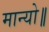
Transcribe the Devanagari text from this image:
मान्यो॥